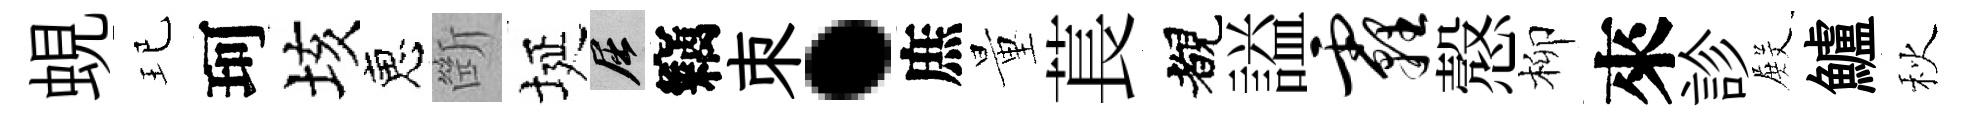
蜆玘珂垓恵㫁埏屈竊朿·庶量萇覩謚霾慤柳來診𭮺鱸秋